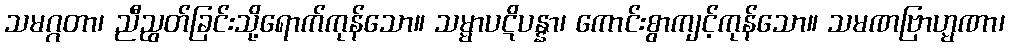
သမဂ္ဂတာ၊ ညီညွတ်ခြင်းသို့ရောက်ကုန်သော။ သမ္မာပဋိပန္နာ၊ ကောင်းစွာကျင့်ကုန်သော။ သမဏဗြာဟ္မဏာ၊